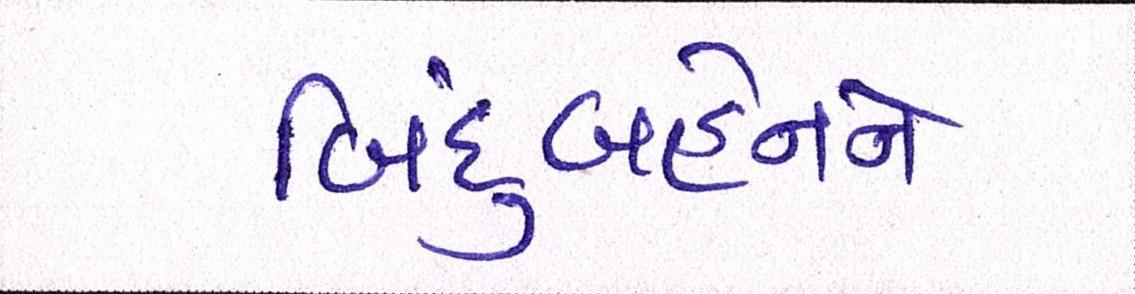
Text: બિંદુબહેનને